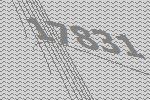
17831